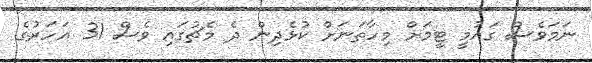
ނަމަވެސް ގައުމީ ޓީމަށް މިހާތަނަށް ކުޅެދިން ދެ މެޗުގައި ވެސް 31 އަހަރުގެ